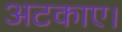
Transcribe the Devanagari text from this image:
अटकाए।